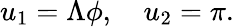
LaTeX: u_{1}=\Lambda\phi,\quad u_{2}=\pi.